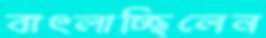
বাৎলাচ্ছিলেন